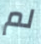
لم